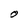
Character: O